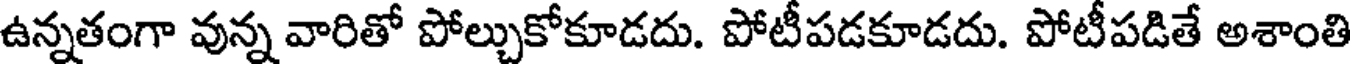
ఉన్నతంగా వున్న వారితో పోల్చుకోకూడదు. పోటీపడకూడదు. పోటీపడితే అశాంతి